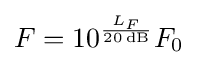
F=10^{\frac {L_{F}}{20\,{\text{dB}}}}F_{0}